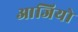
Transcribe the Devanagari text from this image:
आजियो